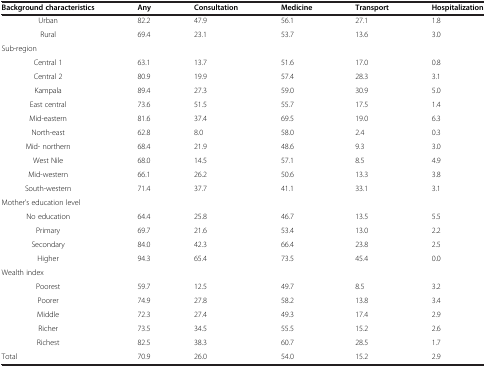
<table><thead><tr><td><b>Background characteristics</b></td><td><b>Any</b></td><td><b>Consultation</b></td><td><b>Medicine</b></td><td><b>Transport</b></td><td><b>Hospitalization</b></td></tr></thead><tbody><tr><td>Urban</td><td>82.2</td><td>47.9</td><td>56.1</td><td>27.1</td><td>1.8</td></tr><tr><td>Rural</td><td>69.4</td><td>23.1</td><td>53.7</td><td>13.6</td><td>3.0</td></tr><tr><td>Sub-region</td><td> </td><td> </td><td> </td><td> </td><td> </td></tr><tr><td>Central 1</td><td>63.1</td><td>13.7</td><td>51.6</td><td>17.0</td><td>0.8</td></tr><tr><td>Central 2</td><td>80.9</td><td>19.9</td><td>57.4</td><td>28.3</td><td>3.1</td></tr><tr><td>Kampala</td><td>89.4</td><td>27.3</td><td>59.0</td><td>30.9</td><td>5.0</td></tr><tr><td>East central</td><td>73.6</td><td>51.5</td><td>55.7</td><td>17.5</td><td>1.4</td></tr><tr><td>Mid-eastern</td><td>81.6</td><td>37.4</td><td>69.5</td><td>19.0</td><td>6.3</td></tr><tr><td>North-east</td><td>62.8</td><td>8.0</td><td>58.0</td><td>2.4</td><td>0.3</td></tr><tr><td>Mid- northern</td><td>68.4</td><td>21.9</td><td>48.6</td><td>9.3</td><td>3.0</td></tr><tr><td>West Nile</td><td>68.0</td><td>14.5</td><td>57.1</td><td>8.5</td><td>4.9</td></tr><tr><td>Mid-western</td><td>66.1</td><td>26.2</td><td>50.6</td><td>13.3</td><td>3.8</td></tr><tr><td>South-western</td><td>71.4</td><td>37.7</td><td>41.1</td><td>33.1</td><td>3.1</td></tr><tr><td>Mother&#x27;s education level</td><td> </td><td> </td><td> </td><td> </td><td> </td></tr><tr><td>No education</td><td>64.4</td><td>25.8</td><td>46.7</td><td>13.5</td><td>5.5</td></tr><tr><td>Primary</td><td>69.7</td><td>21.6</td><td>53.4</td><td>13.0</td><td>2.2</td></tr><tr><td>Secondary</td><td>84.0</td><td>42.3</td><td>66.4</td><td>23.8</td><td>2.5</td></tr><tr><td>Higher</td><td>94.3</td><td>65.4</td><td>73.5</td><td>45.4</td><td>0.0</td></tr><tr><td>Wealth index</td><td> </td><td> </td><td> </td><td> </td><td> </td></tr><tr><td>Poorest</td><td>59.7</td><td>12.5</td><td>49.7</td><td>8.5</td><td>3.2</td></tr><tr><td>Poorer</td><td>74.9</td><td>27.8</td><td>58.2</td><td>13.8</td><td>3.4</td></tr><tr><td>Middle</td><td>72.3</td><td>27.4</td><td>49.3</td><td>17.4</td><td>2.9</td></tr><tr><td>Richer</td><td>73.5</td><td>34.5</td><td>55.5</td><td>15.2</td><td>2.6</td></tr><tr><td>Richest</td><td>82.5</td><td>38.3</td><td>60.7</td><td>28.5</td><td>1.7</td></tr><tr><td>Total</td><td>70.9</td><td>26.0</td><td>54.0</td><td>15.2</td><td>2.9</td></tr></tbody></table>